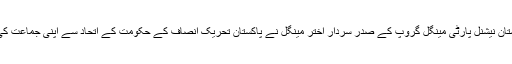
بعد ازاں 17 جون کو بلوچستان نیشنل پارٹی مینگل گروپ کے صدر سردار اختر مینگل نے پاکستان تحریک انصاف کے حکومت کے اتحاد سے اپنی جماعت کی علیحدگی کا اعلان کیا تھا۔